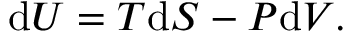
\mathrm { d } U = T \mathrm { d } S - P \mathrm { d } V .